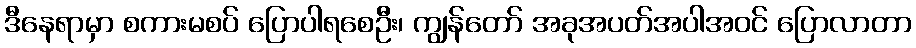
ဒီနေရာမှာ စကားမစပ် ပြောပါရစေဦး၊ ကျွန်တော် အခုအပတ်အပါအဝင် ပြောလာတာ